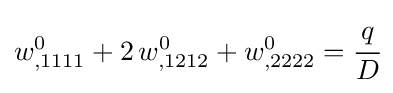
w_{,1111}^{0}+2\,w_{,1212}^{0}+w_{,2222}^{0}={\cfrac {q}{D}}